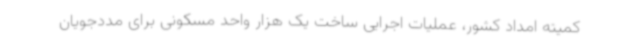
کمیته امداد کشور، عملیات اجرایی ساخت یک هزار واحد مسکونی برای مددجویان